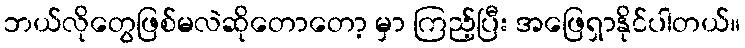
ဘယ်လိုတွေဖြစ်မလဲဆိုတောတော့ မှာ ကြည့်ပြီး အဖြေရှာနိုင်ပါတယ်။